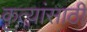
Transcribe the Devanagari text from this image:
कृत्यांसाठी